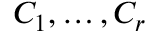
C _ { 1 } , \ldots , C _ { r }